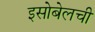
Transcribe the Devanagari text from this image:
इसोबेलची